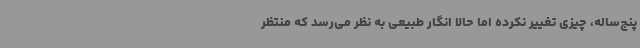
پنج‌ساله، چیزی تغییر نکرده اما حالا انگار طبیعی به نظر می‌رسد که منتظر